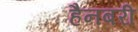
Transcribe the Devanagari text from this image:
हैनबरी